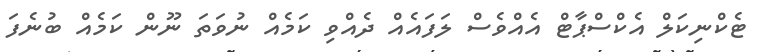
ޓެކްނިކަލް އެކްސްޕާޓް އެއްވެސް ލަފައެއް ދެއްވި ކަމެއް ނުވަތަ ނޫން ކަމެއް ބުނެފަ